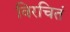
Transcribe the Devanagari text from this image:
विरचितं